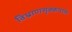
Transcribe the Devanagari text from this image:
विभ्राणसृक्कपालं